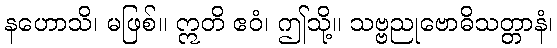
နဟောသိ၊ မဖြစ်။ ဣတိ ဧဝံ၊ ဤသို့။ သဗ္ဗညုဗောဓိသတ္တာနံ၊